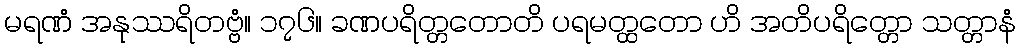
မရဏံ အနုဿရိတဗ္ဗံ။ ၁၇၆။ ခဏပရိတ္တတောတိ ပရမတ္ထတော ဟိ အတိပရိတ္တော သတ္တာနံ